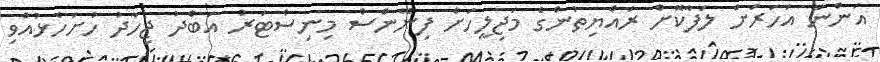
އަންނަ އަހަރަށް ލަފާކޮށް ރައްޔިތުންގެ މަޖިލީހަށް ފިނޭންސް މިނިސްޓަރު އަބްދު ޖިހާދު ހުށަހެޅުއްވި